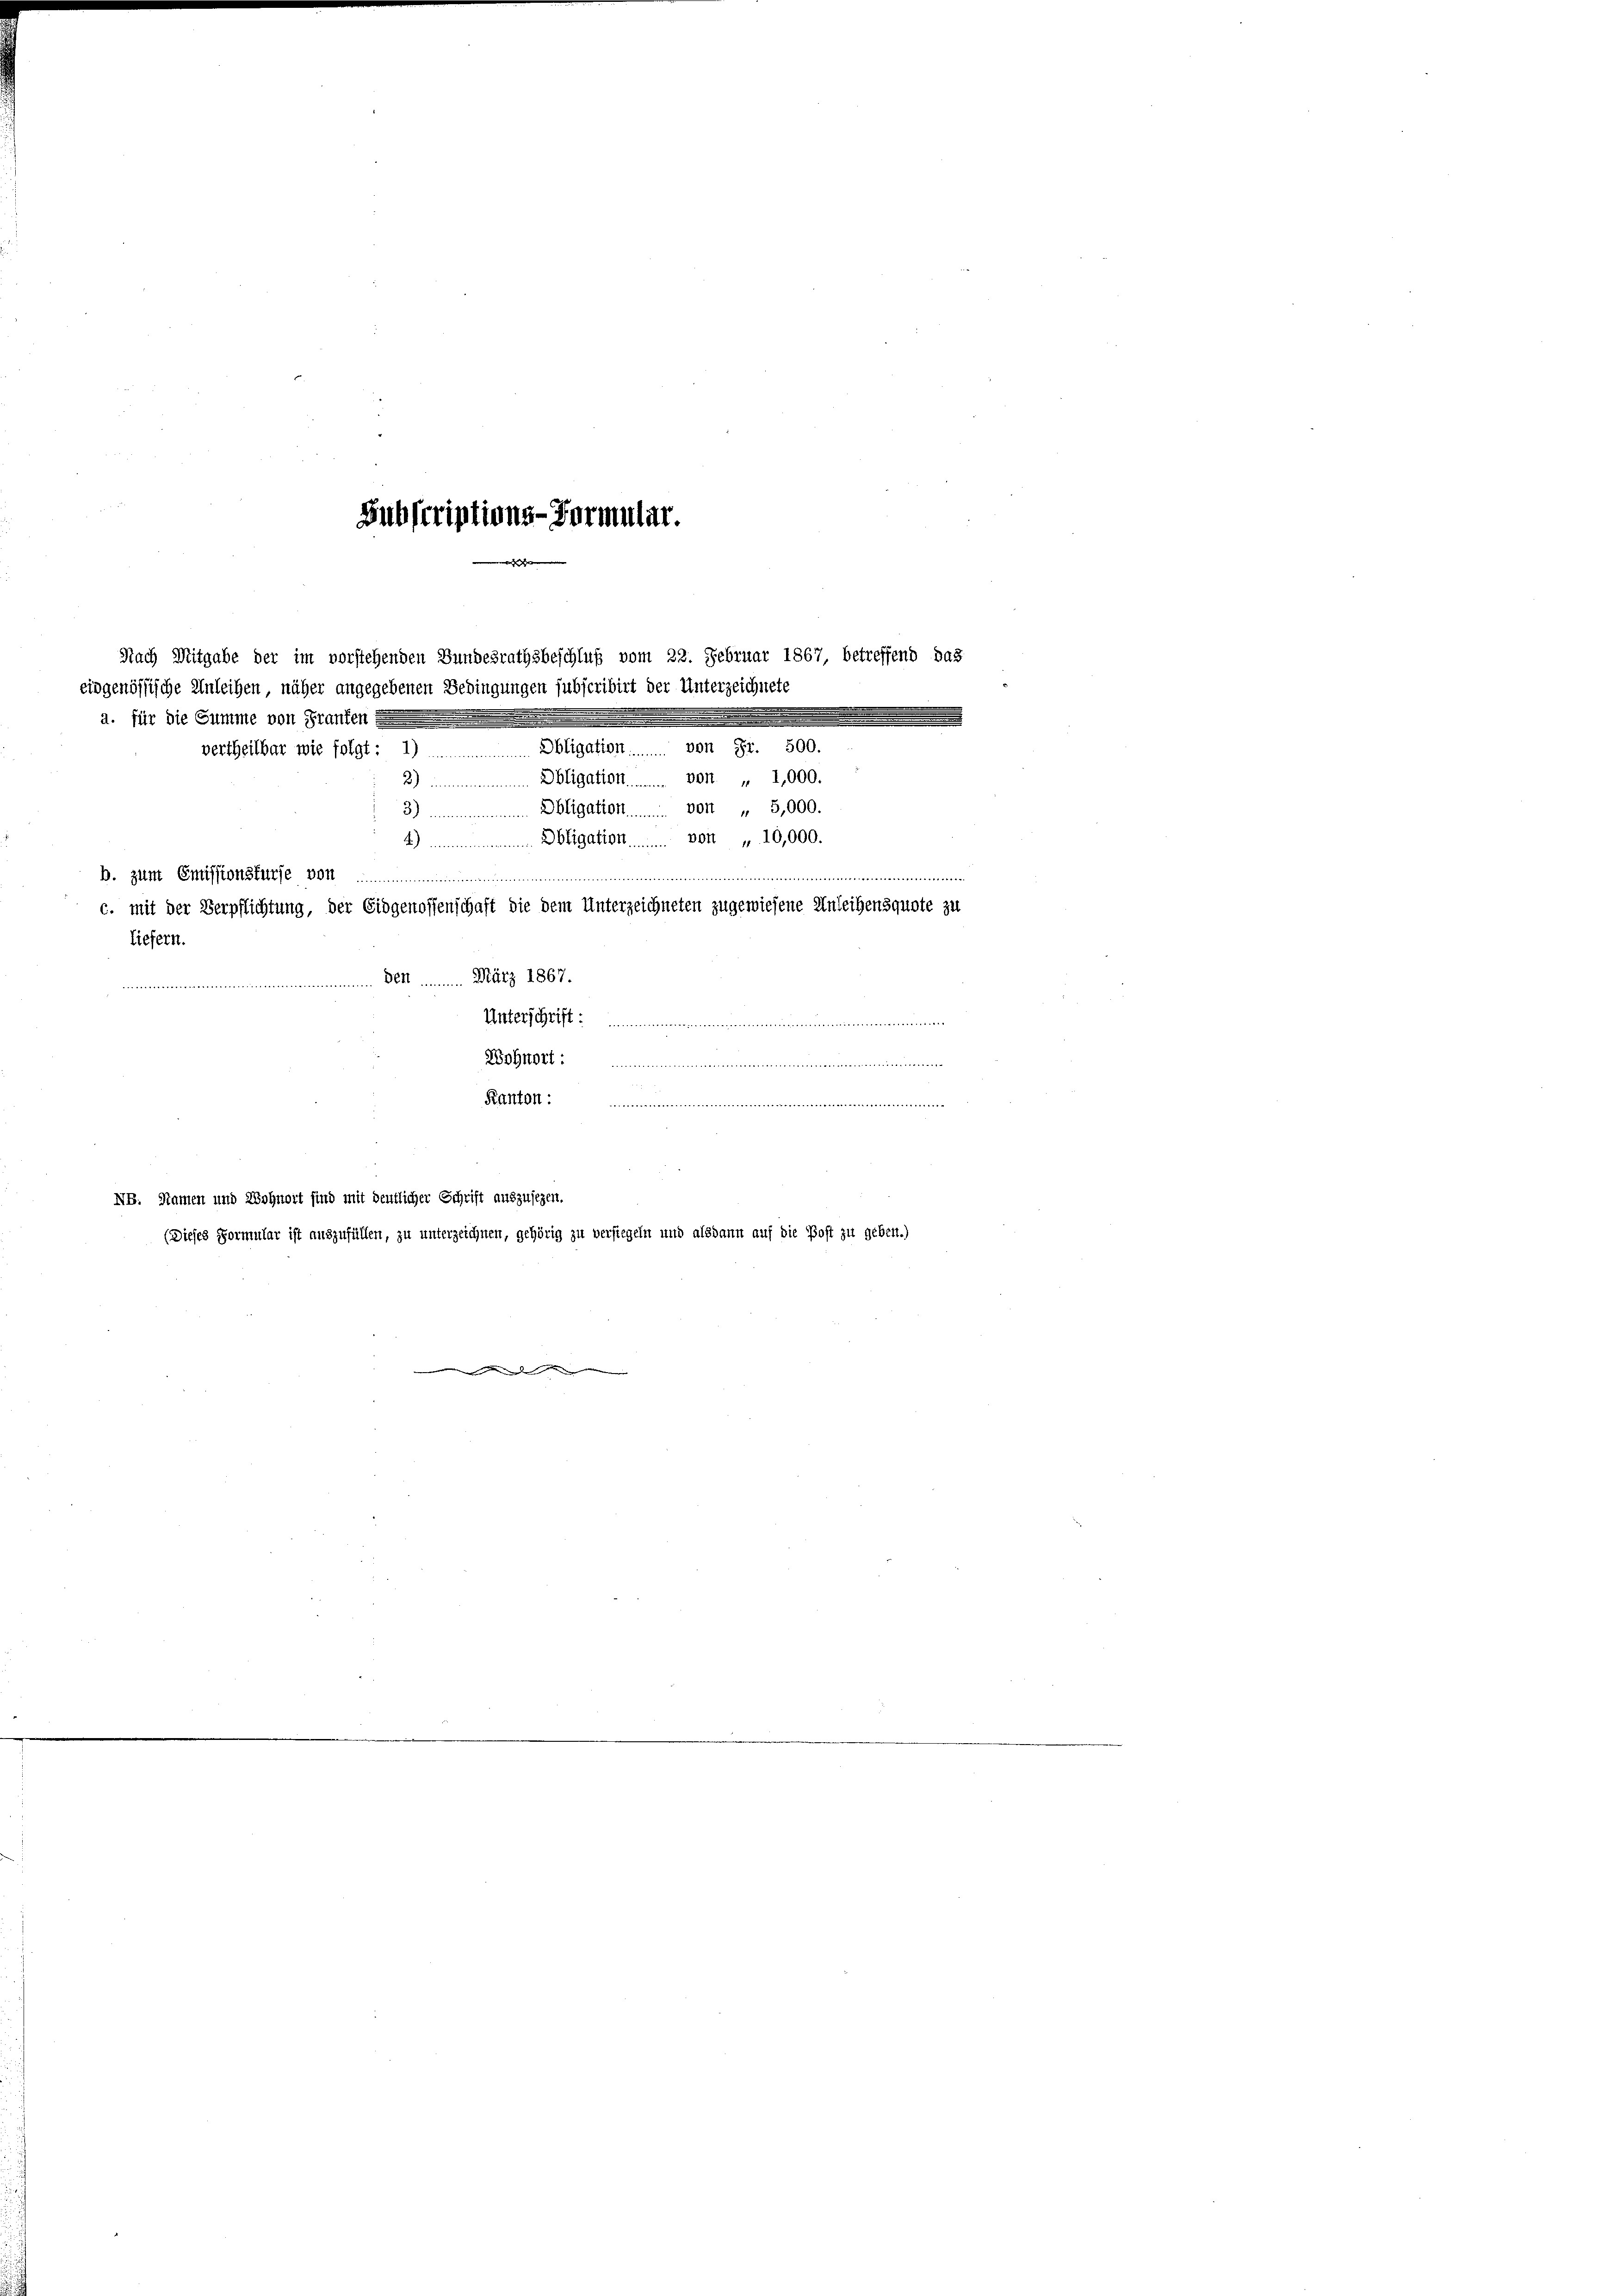
b. zum Emissionsfürse von
liefern.

Subscriptions-Vormular.
.

Nach Mitgabe der im vorstehenden Bundesrathsbeschluß vom 22. Febr
eidgenössische Anleihen, näher angegebenen Bedingungen subscribirt der Unterze
a. für die Summe von Franken
n der den den der in den
Obligation ..... von Fr. 500.
vertheilbar wie folgt : 1)
Obligation...... von „ 1,000.
2)

3)
4)
5.....................
c. mit der Verpflichtung, der Eidgenossenschaft die dem Unterzeichneten zugewiesene Anleihensquote zu
Ben ........ März 1867.
Unterschrift ........
Wohnort ..................
Kanton: ....................
NB. Namen und Wohnort sind mit deutlicher Schrift auszusezen.
(Dieses Formular ist auszufüllen, zu unterzeichnen, gehörig zu versiegeln und alsdann auf die Post zu geben.)

Obligation . . . . . von „ 5,000.
Obligation ..... von „ 10,000.